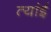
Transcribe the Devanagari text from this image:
त्यांई